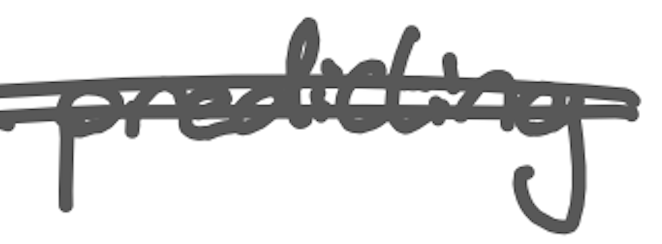
Text: predicting
Cross-out: double-line
Writing tool: digital_gray